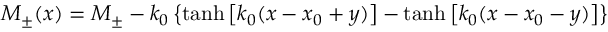
M _ { \pm } ( x ) = M _ { \pm } - k _ { 0 } \left\{ \operatorname { t a n h } \left[ k _ { 0 } ( x - x _ { 0 } + y ) \right] - \operatorname { t a n h } \left[ k _ { 0 } ( x - x _ { 0 } - y ) \right] \right\}